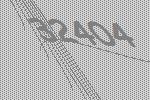
32404